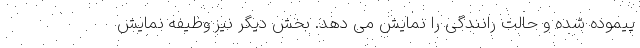
پیموده شده و حالت رانندگی را نمایش می دهد. بخش دیگر نیز وظیفه نمایش